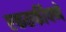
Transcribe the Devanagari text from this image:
एकतर्फीपणे